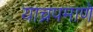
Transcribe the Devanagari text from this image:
याच्रपमाणे